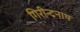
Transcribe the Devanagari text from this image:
गिरीन्द्रनाथ